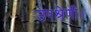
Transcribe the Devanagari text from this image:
उपश्रेणी।